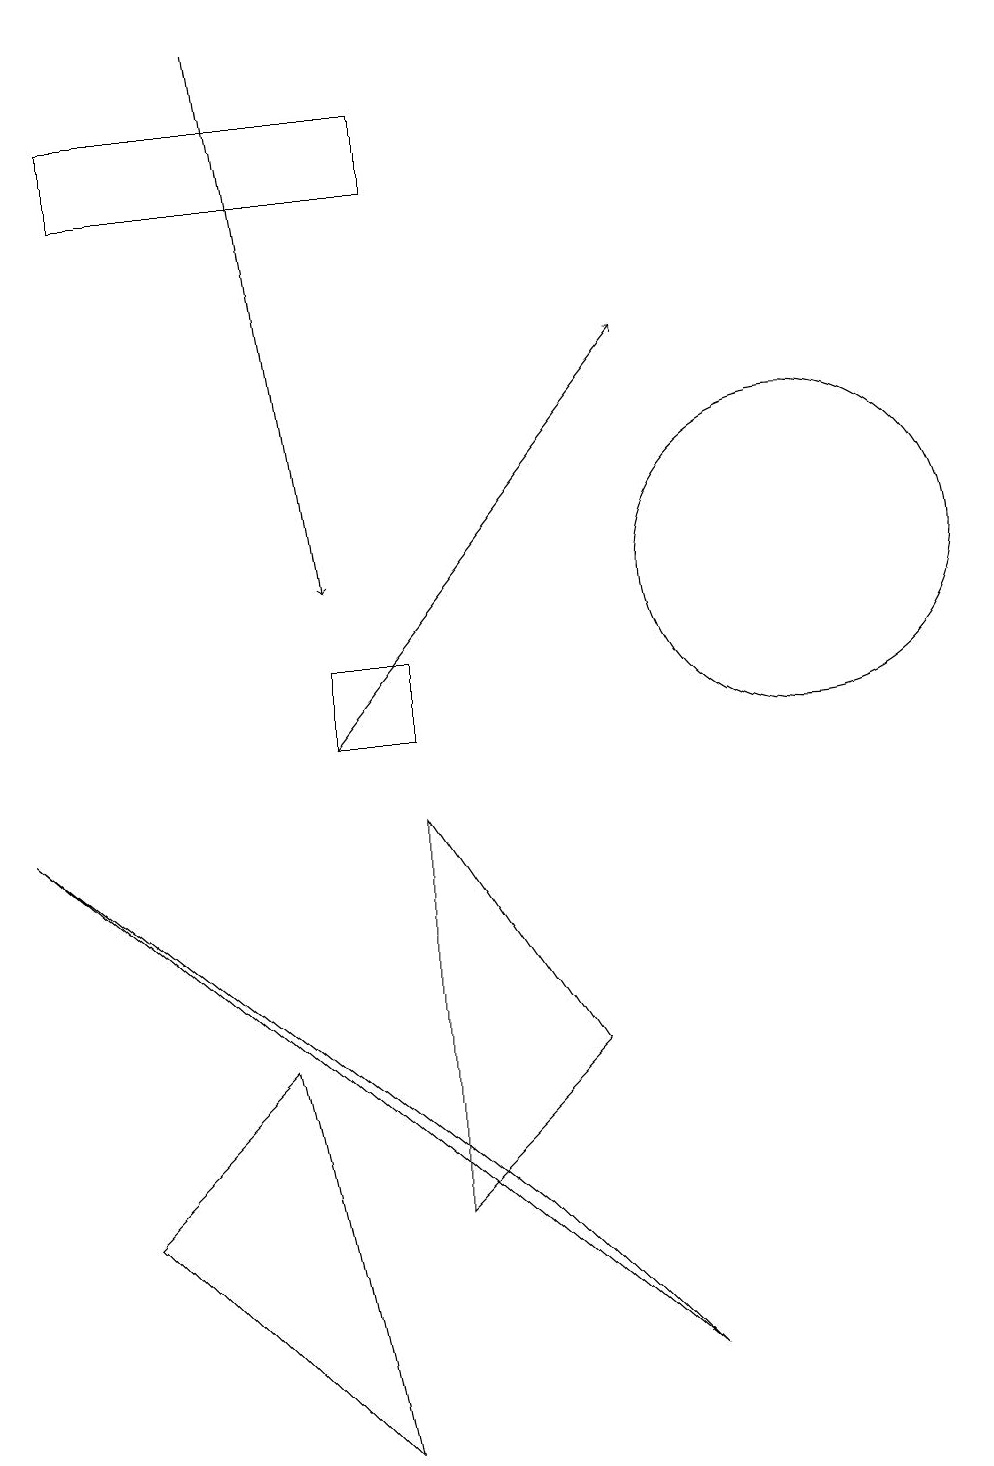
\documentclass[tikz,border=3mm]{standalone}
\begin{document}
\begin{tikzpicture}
\draw (6,9) -- (8,6) -- (6,4) -- cycle;
\draw[->] (5,10) -- (9,15);
\draw (2,17) rectangle (6,18);
\draw (6,11) rectangle (5,10);
\draw (11,12) circle (2);
\draw (7,4) -- (1,9) -- (9,2) -- cycle;
\draw[->] (4,19) -- (5,12);
\draw (2,4) -- (5,1) -- (4,6) -- cycle;
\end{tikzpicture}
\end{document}